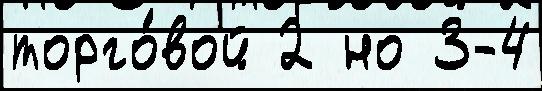
торго́вой 2 но 3-4